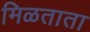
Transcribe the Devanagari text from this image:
मिळताता